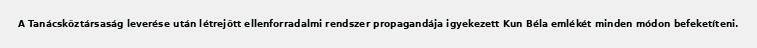
A Tanácsköztársaság leverése után létrejött ellenforradalmi rendszer propagandája igyekezett Kun Béla emlékét minden módon befeketíteni.